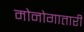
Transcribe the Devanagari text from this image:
मोनोगातारी